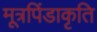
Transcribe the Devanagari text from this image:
मूत्रपिंडाकृति